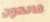
فالكون